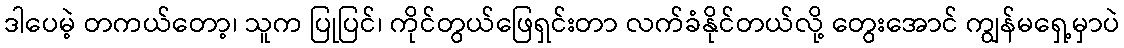
ဒါပေမဲ့ တကယ်တော့၊ သူက ပြုပြင်၊ ကိုင်တွယ်ဖြေရှင်းတာ လက်ခံနိုင်တယ်လို့ တွေးအောင် ကျွန်မရှေ့မှာပဲ